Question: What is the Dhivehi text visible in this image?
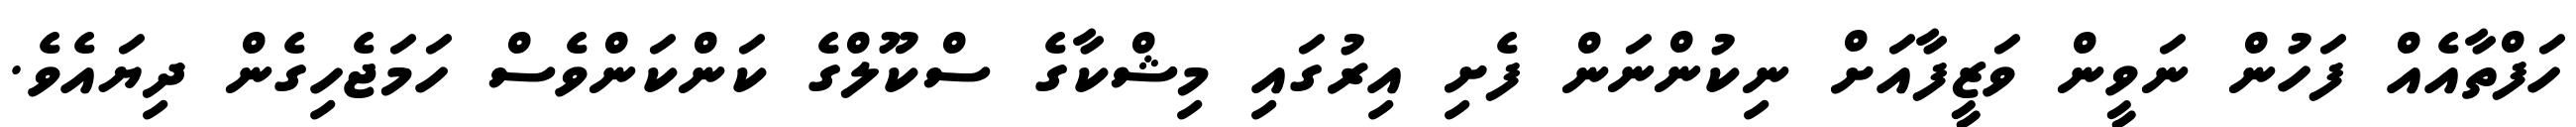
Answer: ހަފްތާއެއް ފަހުން ނަވީން ވަޒީފާއަށް ނިކުންނަން ފެށި އިރުގައި މިޝްކާގެ ސްކޫލްގެ ކަންކަންވެސް ހަމަޖެހިގެން ދިޔައެވެ.